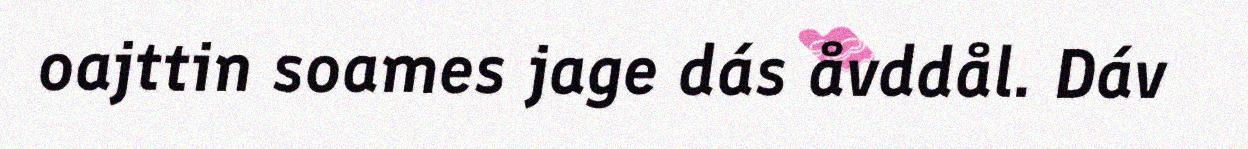
oajttin soames jage dás åvddål. Dáv